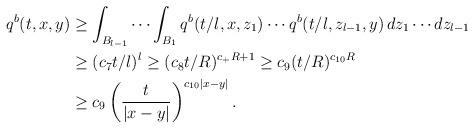
LaTeX: \begin{align*}\begin{aligned}q^b(t,x,y)&\geq \int_{B_{l-1}}\cdots\int_{B_{1}} q^b(t/l,x,z_1)\cdots q^b(t/l,z_{l-1}, y)\,dz_1\cdots dz_{l-1}\\&\geq (c_7t/l)^l\geq (c_8t/R)^{c_+R+1}\geq c_9(t/R)^{c_{10}R}\\&\geq c_9\left(\frac{t}{|x-y|}\right)^{c_{10}|x-y|}.\end{aligned}\end{align*}